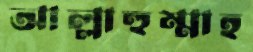
আল্লাহুম্মাহ